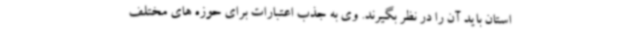
استان باید آن را در نظر بگیرند. وی به جذب اعتبارات برای حوزه های مختلف